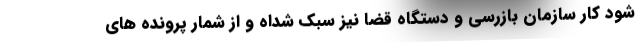
شود کار سازمان بازرسی و دستگاه قضا نیز سبک شداه و از شمار پرونده های